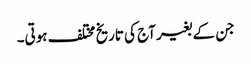
جن کے بغیر آج کی تاریخ مختلف ہوتی۔